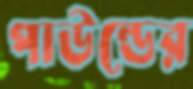
পাউন্ডের